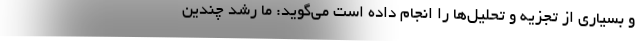
و بسیاری از تجزیه و تحلیل‌ها را انجام داده است می‌گوید: ما رشد چندین